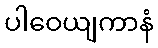
ပါဝေယျကာနံ